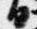
日